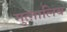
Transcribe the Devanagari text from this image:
मुत्ग़ालिब